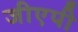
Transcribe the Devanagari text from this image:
जीएपी